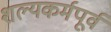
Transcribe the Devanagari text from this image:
शल्यकर्मपूर्व